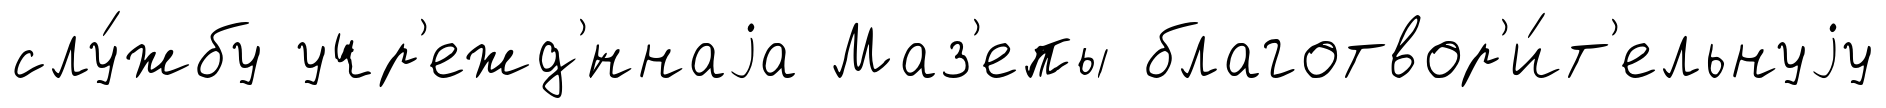
слу́жбу учр'ежд'́ннаjа Маз'епы благотвор'и́т'ельнуjу